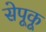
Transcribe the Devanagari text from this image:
सेपूकू